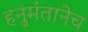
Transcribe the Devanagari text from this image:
हनुमंतानेच